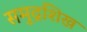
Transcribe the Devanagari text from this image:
समुद्रशिख